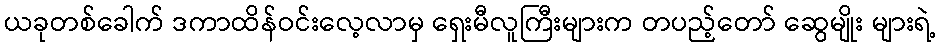
ယခုတစ်ခေါက် ဒကာထိန်ဝင်းလေ့လာမှ ရှေးမီလူကြီးများက တပည့်တော် ဆွေမျိုး များရဲ့